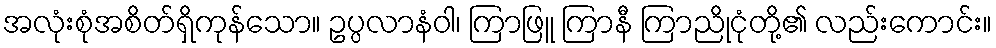
အလုံးစုံအစိတ်ရှိကုန်သော။ ဥပ္ပလာနံဝါ၊ ကြာဖြူ ကြာနီ ကြာညိုငုံတို့၏ လည်းကောင်း။